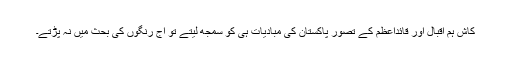
کاش ہم اقبال اور قائداعظم کے تصورِ پاکستان کی مبادیات ہی کو سمجھ لیتے تو آج رنگوں کی بحث میں نہ پڑتے۔